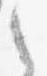
之